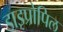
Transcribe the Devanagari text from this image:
डाइप्रोपिल